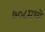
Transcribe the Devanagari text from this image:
७०८मध्ये